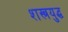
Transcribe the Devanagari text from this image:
शस्त्रयुद्ध